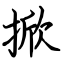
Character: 掀